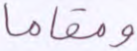
ومقاما